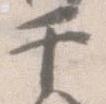
于